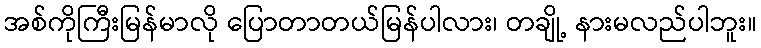
အစ်ကိုကြီးမြန်မာလို ပြောတာတယ်မြန်ပါလား၊ တချို့ နားမလည်ပါဘူး။